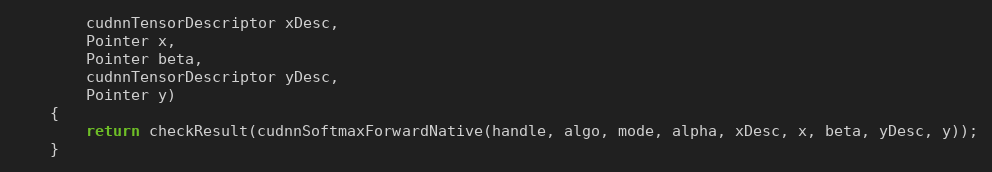
Language: Java
        cudnnTensorDescriptor xDesc,
        Pointer x,
        Pointer beta,
        cudnnTensorDescriptor yDesc,
        Pointer y)
    {
        return checkResult(cudnnSoftmaxForwardNative(handle, algo, mode, alpha, xDesc, x, beta, yDesc, y));
    }